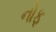
નોફ